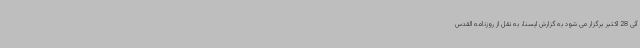
آتی 28 اکتبر برگزار می شود به گزارش ایسنا، به نقل از روزنامه القدس